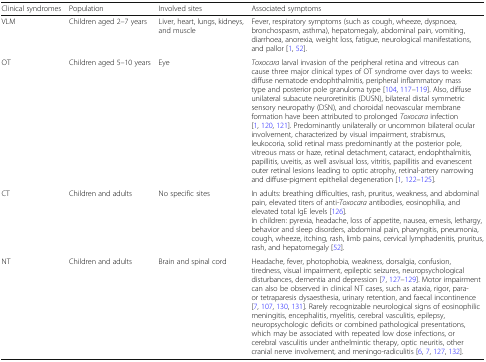
<table><thead><tr><td><b>Clinical syndromes</b></td><td><b>Population</b></td><td><b>Involved sites</b></td><td><b>Associated symptoms</b></td></tr></thead><tbody><tr><td>VLM</td><td>Children aged 2–7 years</td><td>Liver, heart, lungs, kidneys, and muscle</td><td>Fever, respiratory symptoms (such as cough, wheeze, dyspnoea, bronchospasm, asthma), hepatomegaly, abdominal pain, vomiting, diarrhoea, anorexia, weight loss, fatigue, neurological manifestations, and pallor [1, 52].</td></tr><tr><td>OT</td><td>Children aged 5–10 years</td><td>Eye</td><td><i>Toxocara</i> larval invasion of the peripheral retina and vitreous can cause three major clinical types of OT syndrome over days to weeks: diffuse nematode endophthalmitis, peripheral inflammatory mass type and posterior pole granuloma type [104, 117–119]. Also, diffuse unilateral subacute neuroretinitis (DUSN), bilateral distal symmetric sensory neuropathy (DSN), and choroidal neovascular membrane formation have been attributed to prolonged <i>Toxocara</i> infection [1, 120, 121]. Predominantly unilaterally or uncommon bilateral ocular involvement, characterized by visual impairment, strabismus, leukocoria, solid retinal mass predominantly at the posterior pole, vitreous mass or haze, retinal detachment, cataract, endophthalmitis, papillitis, uveitis, as well asvisual loss, vitritis, papillitis and evanescent outer retinal lesions leading to optic atrophy, retinal-artery narrowing and diffuse-pigment epithelial degeneration [1, 122–125].</td></tr><tr><td>CT</td><td>Children and adults</td><td>No specific sites</td><td>In adults: breathing difficulties, rash, pruritus, weakness, and abdominal pain, elevated titers of anti-<i>Toxocara</i> antibodies, eosinophilia, and elevated total IgE levels [126].In children: pyrexia, headache, loss of appetite, nausea, emesis, lethargy, behavior and sleep disorders, abdominal pain, pharyngitis, pneumonia, cough, wheeze, itching, rash, limb pains, cervical lymphadenitis, pruritus, rash, and hepatomegaly [52].</td></tr><tr><td>NT</td><td>Children and adults</td><td>Brain and spinal cord</td><td>Headache, fever, photophobia, weakness, dorsalgia, confusion, tiredness, visual impairment, epileptic seizures, neuropsychological disturbances, dementia and depression [7, 127–129]. Motor impairment can also be observed in clinical NT cases, such as ataxia, rigor, para- or tetraparesis dysaesthesia, urinary retention, and faecal incontinence [7, 107, 130, 131]. Rarely recognizable neurological signs of eosinophilic meningitis, encephalitis, myelitis, cerebral vasculitis, epilepsy, neuropsychologic deficits or combined pathological presentations, which may be associated with repeated low dose infections, or cerebral vasculitis under anthelmintic therapy, optic neuritis, other cranial nerve involvement, and meningo-radiculitis [6, 7, 127, 132].</td></tr></tbody></table>